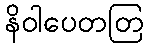
နိဝါပေတတြ